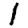
Digit: 1